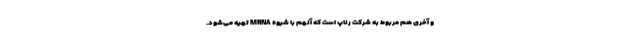
و آخری هم مربوط به شرکت رناپ است که آنهم با شیوه MRNA تهیه می‌شود.